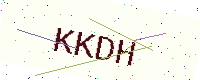
Text: KKDH